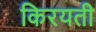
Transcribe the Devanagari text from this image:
किरयती